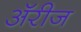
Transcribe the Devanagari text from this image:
अॅरीज